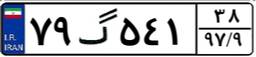
۷۹گ۵۴۱۳۸